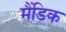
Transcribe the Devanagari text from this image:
मैंडिक